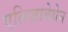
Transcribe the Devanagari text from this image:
एलिज़ाबेथेन